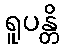
ရူပန္တိ